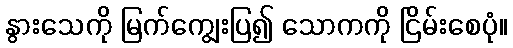
နွားသေကို မြက်ကျွေးပြ၍ သောကကို ငြိမ်းစေပုံ။